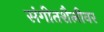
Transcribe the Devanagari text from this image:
संगीतशैलीवर